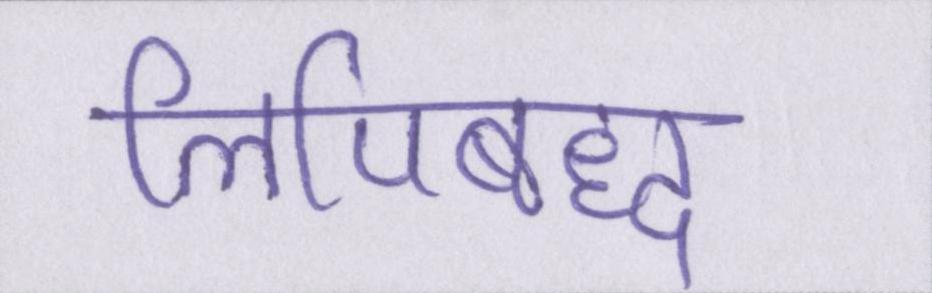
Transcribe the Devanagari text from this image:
लिपिबद्ध